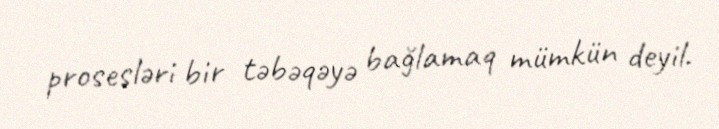
prosesləri bir təbəqəyə bağlamaq mümkün deyil.